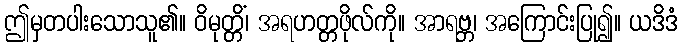
ဤမှတပါးသောသူ၏။ ဝိမုတ္တိံ၊ အရဟတ္တဖိုလ်ကို။ အာရဗ္ဘ၊ အကြောင်းပြု၍။ ယဒိဒံ